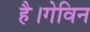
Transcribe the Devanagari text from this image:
है।गेविन